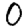
Digit: 0